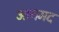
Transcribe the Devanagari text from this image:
आगमद